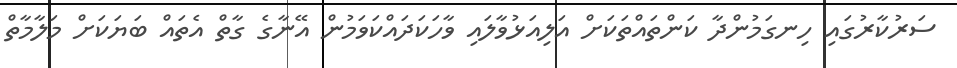
ސަރުކާރުގައި ހިނގަމުންދާ ކަންތައްތަކަށް އަލިއަޅުވާލައި ވާހަކަދައްކަވަމުން އޭނާގެ ގާތް އެތައް ބަޔަކަށް މަލާމާތް